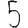
Digit: 5